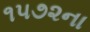
૧૫૭૨ના